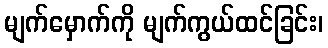
မျက်မှောက်ကို မျက်ကွယ်ထင်ခြင်း၊